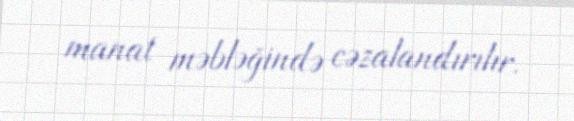
manat məbləğində cəzalandırılır.